Annual administration report of the Civil Veterinary Department of India - 1898-1899
Year: 1898
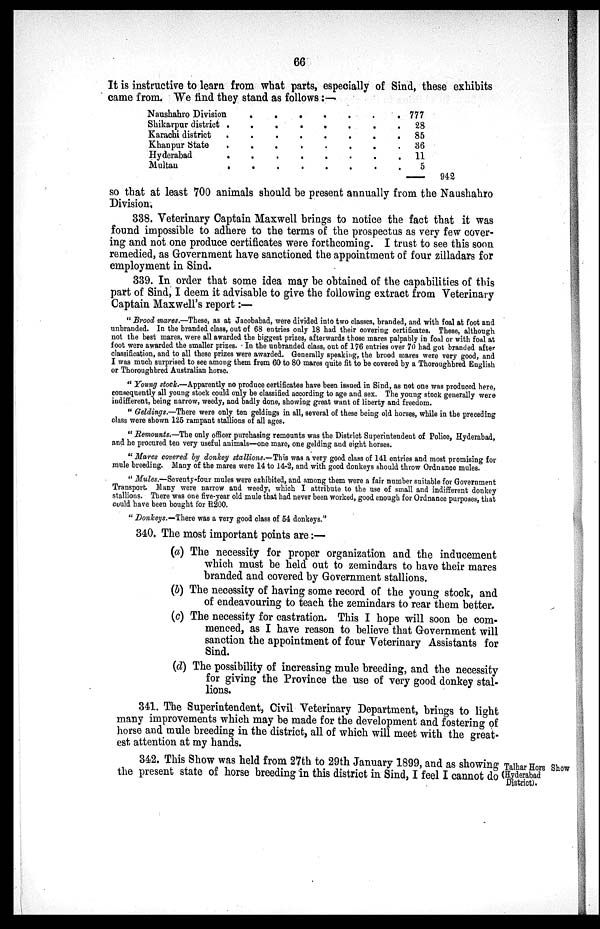
66
It is instructive to learn from what parts, especially of Sind, these exhibits
came from. We find they stand as follows:—
Naushahro Division . . . . . . .
Shikarpur district . . . . . . . .
Karachi district . . . . . . . .
Khanpur State . . . . . . . .
Hyderabad . . . . . . . .
Multan . . . . . . . .
777
28
85
36
11
5
—
942
so that at least 700 animals should be present annually from the Naushahro
Division,
338. Veterinary Captain Maxwell brings to notice the fact that it was
found impossible to adhere to the terms of the prospectus as very few cover-
ing and not one produce certificates were forthcoming. I trust to see this soon
remedied, as Government have sanctioned the appointment of four zilladars for
employment in Sind.
339. In order that some idea may be obtained of the capabilities of this
part of Sind, I deem it advisable to give the following extract from Veterinary
Captain Maxwell's report:—
"Brood mares.—These, as at Jacobabad, were divided into two classes, branded, and with foal at foot and
unbranded. In the branded class, out of 68 entries only 18 had their covering certificates. These, although
not the best mares, were all awarded the biggest prizes, afterwards those mares palpably in foal or with foal at
foot were awarded the smaller prizes. In the unbranded class, out of 176 entries over 70 had got branded after
classification, and to all these prizes were awarded. Generally speaking, the brood mares were very good, and
I was much surprised to see among them from 60 to 80 mares quite fit to be covered by a Thoroughbred English
or Thoroughbred Australian horse.
"Young stock.—Apparently no produce certificates have been issued in Sind, as not one was produced here,
consequently all young stock could only be classified according to age and sex. The young stock generally were
indifferent, being narrow, weedy, and badly done, showing great want of liberty and freedom.
"Geldings.—There were only ten geldings in all, several of these being old horses, while in the preceding
class were shown 125 rampant stallions of all ages.
"Remounts.—The only officer purchasing remounts was the District Superintendent of Police, Hyderabad,
and he procured ten very useful animals—one mare, one gelding and eight horses.
"Mares covered by donkey stallions.—This was a very good class of 141 entries and most promising for
mule breeding. Many of the mares were 14 to 14-2, and with good donkeys should throw Ordnance mules.
"Mules.—Seventy-four mules were exhibited, and among them were a fair number suitable for Government
Transport. Many were narrow and weedy, which I attribute to the use of small and indifferent donkey
stallions. There was one five-year old mule that had never been worked, good enough for Ordnance purposes, that
could have been bought for R200.
"Donkeys.—There was a very good class of 54 donkeys."
340. The most important points are:—
(a) The necessity for proper organization and the inducement
which must be held out to zemindars to have their mares
branded and covered by Government stallions.
(b) The necessity of having some record of the young stock, and
of endeavouring to teach the zemindars to rear them better.
(c) The necessity for castration. This I hope will soon be com-
menced, as I have reason to believe that Government will
sanction the appointment of four Veterinary Assistants for
Sind.
(d) The possibility of increasing mule breeding, and the necessity
for giving the Province the use of very good donkey stal-
lions.
341. The Superintendent, Civil Veterinary Department, brings to light
many improvements which may be made for the development and fostering of
horse and mule breeding in the district, all of which will meet with the great-
est attention at my hands.
Talhar Hors Show
(Hyderabad
District).
342. This Show was held from 27th to 29th January 1899, and as showing
the present state of horse breeding in this district in Sind, I feel I cannot do